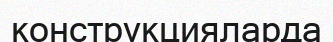
конструкцияларда